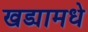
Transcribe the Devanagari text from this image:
खड्यामधे